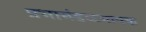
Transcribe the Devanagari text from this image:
प्रभामंडळमापक